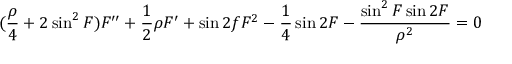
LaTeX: ( { \frac { \rho } { 4 } } + 2 \sin ^ { 2 } { F } ) F ^ { \prime \prime } + { \frac { 1 } { 2 } } \rho F ^ { \prime } + \sin { 2 f } F ^ { 2 } - { \frac { 1 } { 4 } } \sin { 2 F } - { \frac { \sin ^ { 2 } { F } \sin { 2 F } } { \rho ^ { 2 } } } = 0